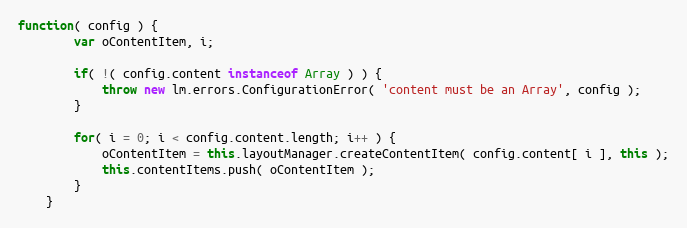
Language: JavaScript
function( config ) {
		var oContentItem, i;

		if( !( config.content instanceof Array ) ) {
			throw new lm.errors.ConfigurationError( 'content must be an Array', config );
		}

		for( i = 0; i < config.content.length; i++ ) {
			oContentItem = this.layoutManager.createContentItem( config.content[ i ], this );
			this.contentItems.push( oContentItem );
		}
	}